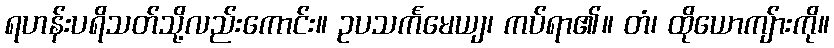
ရဟန်းပရိသတ်သို့လည်းကောင်း။ ဥပသင်္ကမေယျ၊ ကပ်ရာ၏။ တံ၊ ထိုယောကျ်ားကို။